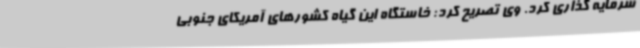
سرمایه گذاری کرد. وی تصریح کرد: خاستگاه این گیاه کشورهای آمریکای جنوبی